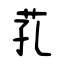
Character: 芤